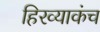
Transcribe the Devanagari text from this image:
हिरव्याकंच